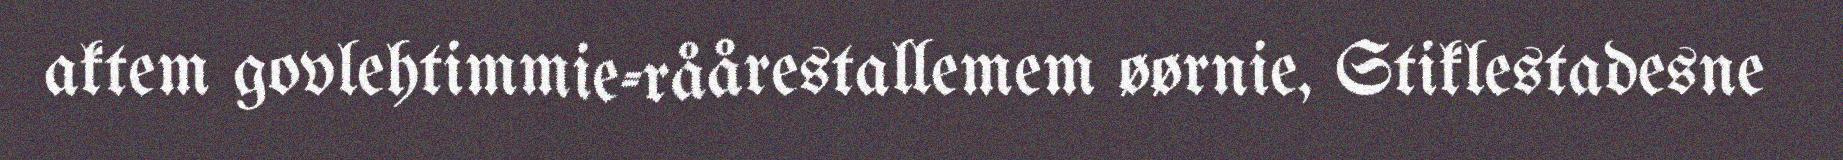
aktem govlehtimmie-råårestallemem øørnie, Stiklestadesne